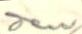
den